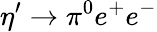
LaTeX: \eta^{\prime}\rightarrow\pi^{0}e^{+}e^{-}